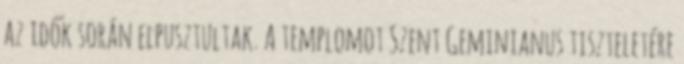
az idők során elpusztultak. A templomot Szent Geminianus tiszteletére